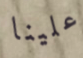
علينا